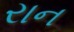
રાન